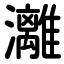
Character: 灕